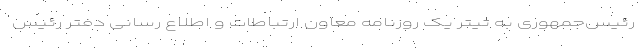
رئیس‌جمهوری به تیتر یک روزنامه معاون ارتباطات و اطلاع رسانی دفتر رئیس